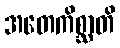
အတေကိစ္ဆာတိ